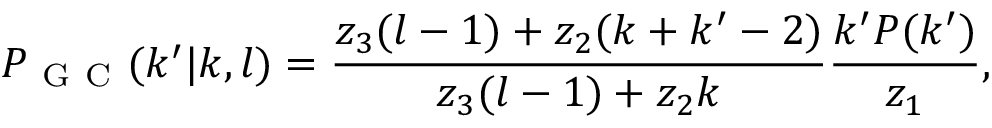
P _ { \mathrm { ~ G ~ C ~ } } ( k ^ { \prime } | k , l ) = \frac { z _ { 3 } ( l - 1 ) + z _ { 2 } ( k + k ^ { \prime } - 2 ) } { z _ { 3 } ( l - 1 ) + z _ { 2 } k } \frac { k ^ { \prime } P ( k ^ { \prime } ) } { z _ { 1 } } ,